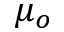
\mu _ { o }